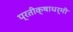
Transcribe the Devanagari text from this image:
प्रतीक्षाधर्मी